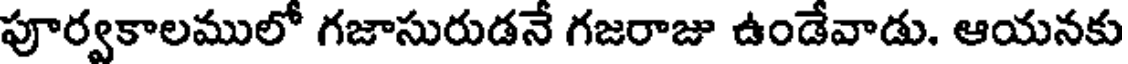
పూర్వకాలములో గజాసురుడనే గజరాజు ఉండేవాడు. ఆయనకు